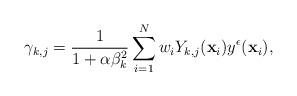
LaTeX: \begin{align*}\gamma_{k,j}=\frac{1}{1+\alpha\beta_k^2}\sum_{i=1}^N w_i Y_{k,j}(\mathbf{x}_i)y^\epsilon(\mathbf{x}_i),\end{align*}